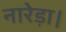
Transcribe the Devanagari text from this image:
नारेड़ा।